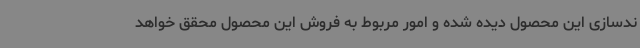
ندسازی این محصول دیده شده و امور مربوط به فروش این محصول محقق خواهد